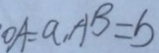
O A = a , A B = b